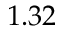
1 . 3 2